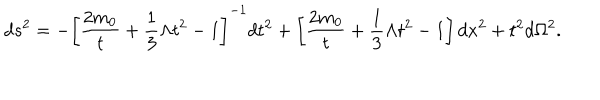
d s ^ { 2 } = - \left[ \frac { 2 m _ { 0 } } { t } + \frac { 1 } { 3 } \Lambda t ^ { 2 } - 1 \right] ^ { - 1 } d t ^ { 2 } + \left[ \frac { 2 m _ { 0 } } { t } + \frac { 1 } { 3 } \Lambda t ^ { 2 } - 1 \right] d x ^ { 2 } + t ^ { 2 } d \Omega ^ { 2 } .